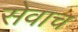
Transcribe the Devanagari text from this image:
सेवाच